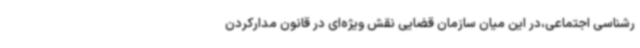
رشناسی اجتماعی،در این میان سازمان قضایی نقش ویژه‌ای در قانون مدارکردن